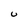
Character: U